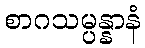
စာဂသမ္ပန္နာနံ